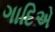
ગાદિએ